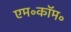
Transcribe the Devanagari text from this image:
एम॰कॉम॰